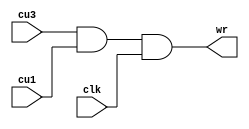
`timescale 1ns / 1ps
//////////////////////////////////////////////////////////////////////////////////
// Company: 
// Engineer: 
// 
// Design Name: 
// Module Name:    control_unit_4 
// Project Name: 
// Target Devices: 
// Tool versions: 
// Description: 
//
// Dependencies: 
//
// Revision: 
// Revision 0.01 - File Created
// Additional Comments: 
//
//////////////////////////////////////////////////////////////////////////////////
module control_unit_4(
    input cu3,cu1,clk,
    output wr
    );

  
assign #6 wr=(cu3 & cu1)& clk ;




endmodule